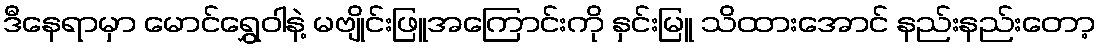
ဒီနေရာမှာ မောင်ရွှေဝါနဲ့ မဗျိုင်းဖြူအကြောင်းကို နှင်းမြူ သိထားအောင် နည်းနည်းတော့